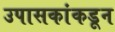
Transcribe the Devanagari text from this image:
उपासकांकडून